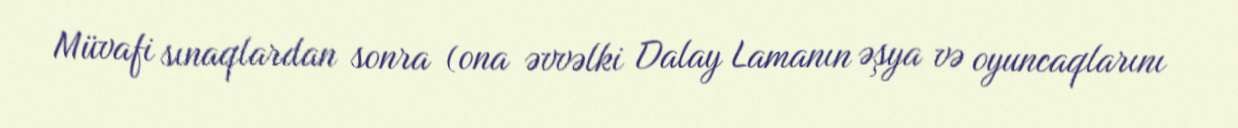
Müvafi sınaqlardan sonra (ona əvvəlki Dalay Lamanın əşya və oyuncaqlarını